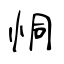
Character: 恫